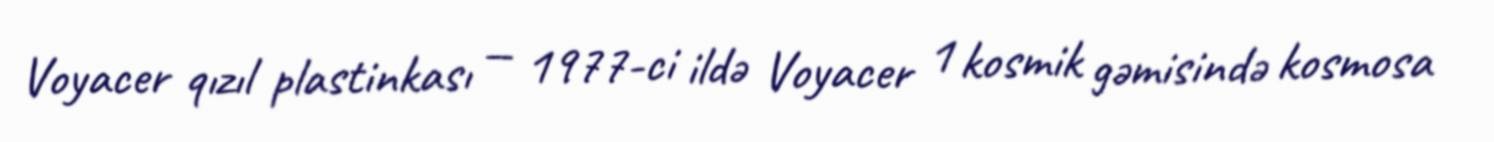
Voyacer qızıl plastinkası — 1977-ci ildə Voyacer 1 kosmik gəmisində kosmosa